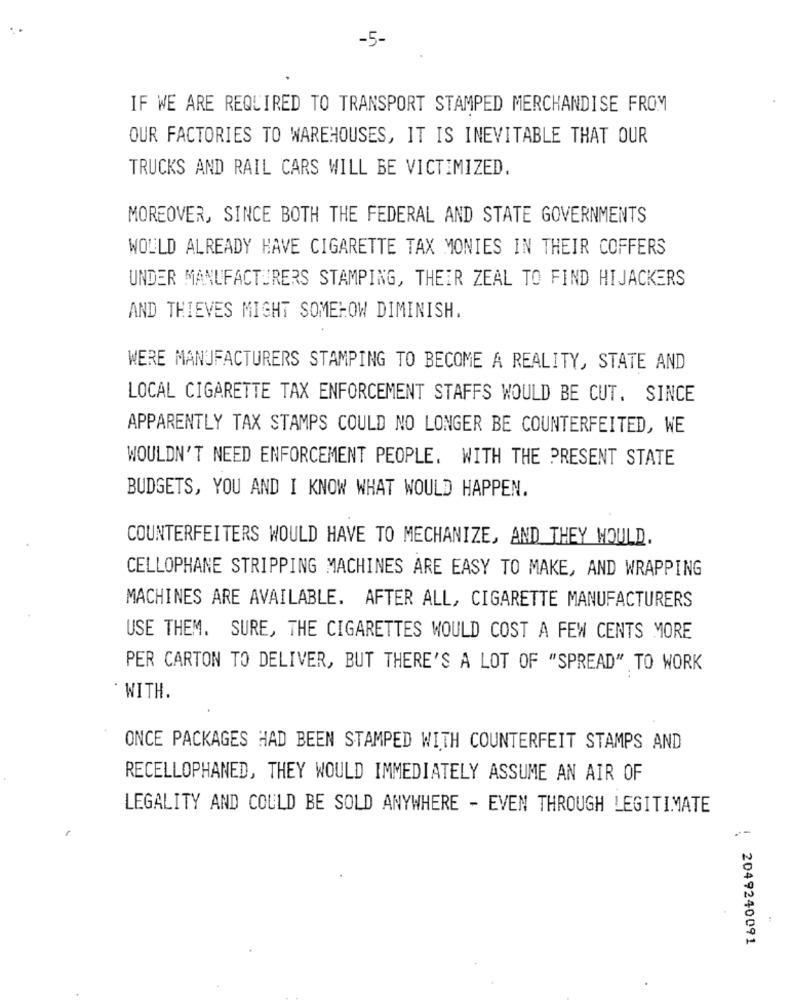
-5-
IF WE ARE REQUIRED TO TRANSPORT STAMPED MERCHANDISE FROM
OUR FACTORIES TO WAREHOUSES, IT IS INEVITABLE THAT OUR
TRUCKS AND RAIL CARS WILL BE VICTIMIZED.
MOREOVER, SINCE BOTH THE FEDERAL AND STATE GOVERNMENTS
WOULD ALREADY HAVE CIGARETTE TAX MONIES IN THEIR COFFERS
UNDER MANUFACTURERS STAMPING, THEIR ZEAL TO FIND HIJACKERS
AND THIEVES MIGHT SOMEHOW DIMINISH.
WERE MANUFACTURERS STAMPING TO BECOME A REALITY, STATE AND
LOCAL CIGARETTE TAX ENFORCEMENT STAFFS WOULD BE CUT. SINCE
APPARENTLY TAX STAMPS COULD NO LONGER BE COUNTERFEITED, WE
WOULDN'T NEED ENFORCEMENT PEOPLE. WITH THE PRESENT STATE
BUDGETS, YOU AND I KNOW WHAT WOULD HAPPEN.
COUNTERFEITERS WOULD HAVE TO MECHANIZE, AND THEY WOULD.
CELLOPHANE STRIPPING MACHINES ARE EASY TO MAKE, AND WRAPPING
MACHINES ARE AVAILABLE. AFTER ALL, CIGARETTE MANUFACTURERS
USE THEM. SURE, THE CIGARETTES WOULD COST A FEW CENTS MORE
PER CARTON TO DELIVER, BUT THERE'S A LOT OF "SPREAD" TO WORK
· WITH.
ONCE PACKAGES HAD BEEN STAMPED WITH COUNTERFEIT STAMPS AND
RECELLOPHANED, THEY WOULD IMMEDIATELY ASSUME AN AIR OF
LEGALITY AND COULD BE SOLD ANYWHERE - EVEN THROUGH LEGITIMATE
: 2049240091